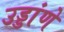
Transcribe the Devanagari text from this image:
उड्डांणे